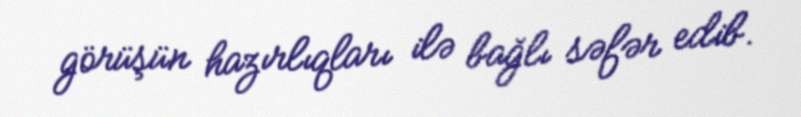
görüşün hazırlıqları ilə bağlı səfər edib.